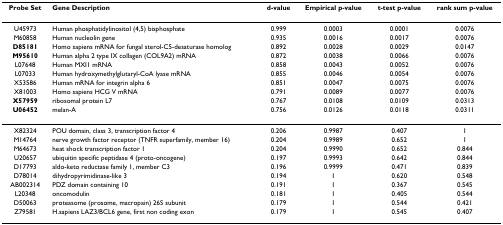
<table><thead><tr><td><b>Probe Set</b></td><td><b>Gene Description</b></td><td><b>d-value</b></td><td><b>Empirical p-value</b></td><td><b>t-test p-value</b></td><td><b>rank sum p-value</b></td></tr></thead><tbody><tr><td>U45973</td><td>Human phosphatidylinositol (4,5) bisphosphate</td><td>0.999</td><td>0.0003</td><td>0.0001</td><td>0.0076</td></tr><tr><td>M60858</td><td>Human nucleolin gene</td><td>0.935</td><td>0.0016</td><td>0.0017</td><td>0.0076</td></tr><tr><td><b>D85181</b></td><td>Homo sapiens mRNA for fungal sterol-C5-desaturase homolog</td><td>0.892</td><td>0.0028</td><td>0.0029</td><td>0.0147</td></tr><tr><td><b>M95610</b></td><td>Human alpha 2 type IX collagen (COL9A2) mRNA</td><td>0.872</td><td>0.0038</td><td>0.0066</td><td>0.0076</td></tr><tr><td>L07648</td><td>Human MXI1 mRNA</td><td>0.858</td><td>0.0043</td><td>0.0052</td><td>0.0076</td></tr><tr><td>L07033</td><td>Human hydroxymethylglutaryl-CoA lyase mRNA</td><td>0.855</td><td>0.0046</td><td>0.0054</td><td>0.0076</td></tr><tr><td>X53586</td><td>Human mRNA for integrin alpha 6</td><td>0.851</td><td>0.0047</td><td>0.0075</td><td>0.0076</td></tr><tr><td>X81003</td><td>Homo sapiens HCG V mRNA</td><td>0.791</td><td>0.0089</td><td>0.0077</td><td>0.0076</td></tr><tr><td><b>X57959</b></td><td>ribosomal protein L7</td><td>0.767</td><td>0.0108</td><td>0.0109</td><td>0.0313</td></tr><tr><td><b>U06452</b></td><td>melan-A</td><td>0.756</td><td>0.0126</td><td>0.0118</td><td>0.0311</td></tr><tr><td>X82324</td><td>POU domain, class 3, transcription factor 4</td><td>0.206</td><td>0.9987</td><td>0.407</td><td>1</td></tr><tr><td>M14764</td><td>nerve growth factor receptor (TNFR superfamily, member 16)</td><td>0.204</td><td>0.9989</td><td>0.652</td><td>1</td></tr><tr><td>M64673</td><td>heat shock transcription factor 1</td><td>0.204</td><td>0.9990</td><td>0.652</td><td>0.844</td></tr><tr><td>U20657</td><td>ubiquitin specific peptidase 4 (proto-oncogene)</td><td>0.197</td><td>0.9993</td><td>0.642</td><td>0.844</td></tr><tr><td>D17793</td><td>aldo-keto reductase family 1, member C3</td><td>0.196</td><td>0.9999</td><td>0.471</td><td>0.839</td></tr><tr><td>D78014</td><td>dihydropyrimidinase-like 3</td><td>0.194</td><td>1</td><td>0.620</td><td>0.548</td></tr><tr><td>AB002314</td><td>PDZ domain containing 10</td><td>0.191</td><td>1</td><td>0.367</td><td>0.545</td></tr><tr><td>L20348</td><td>oncomodulin</td><td>0.181</td><td>1</td><td>0.405</td><td>0.544</td></tr><tr><td>D50063</td><td>proteasome (prosome, macropain) 26S subunit</td><td>0.179</td><td>1</td><td>0.544</td><td>0.421</td></tr><tr><td>Z79581</td><td>H.sapiens LAZ3/BCL6 gene, first non coding exon</td><td>0.179</td><td>1</td><td>0.545</td><td>0.407</td></tr></tbody></table>